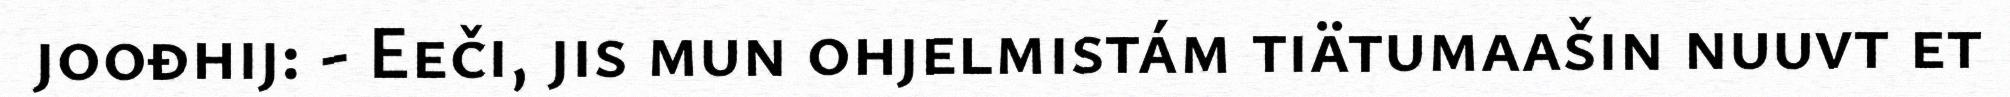
joođhij: - Eeči, jis mun ohjelmistám tiätumaašin nuuvt et